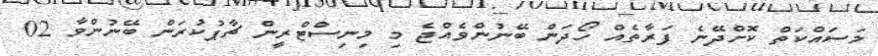
މަސައްކަތް ކޮށްދޭނެ ފަރާތެއް ހޯދަން ބޭނުންވެއްޖެ މި މިނިސްޓްރީން ޗާޕުކުރަން ބޭނުންވާ 02